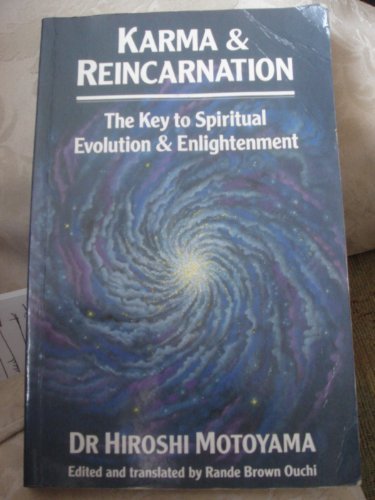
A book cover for Karma and Reincarnation; Hiroshi Motoyama; Religion & Spirituality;